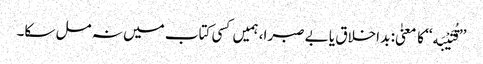
’’قُتَیْبَه‘‘ کا معنیٰ: بد اخلاق یا بے صبرا، ہمیں کسی کتاب میں نہ مل سکا۔